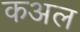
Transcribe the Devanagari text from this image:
कअल